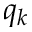
q _ { k }